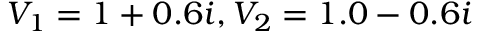
V _ { 1 } = 1 + 0 . 6 i , V _ { 2 } = 1 . 0 - 0 . 6 i